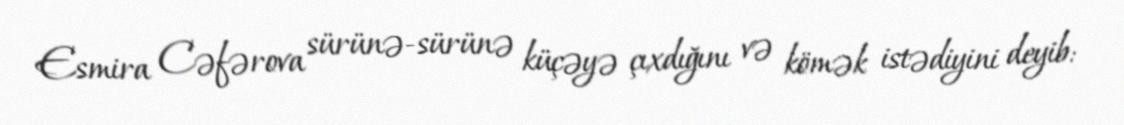
Esmira Cəfərova sürünə-sürünə küçəyə çıxdığını və kömək istədiyini deyib: